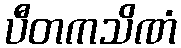
ပီတကသိဏံ